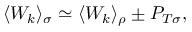
\langle W _ { k } \rangle _ { \sigma } \simeq \langle W _ { k } \rangle _ { \rho } \pm P _ { T \sigma } ,